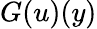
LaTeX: G(u)(y)